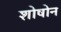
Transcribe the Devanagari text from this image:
शोषोन